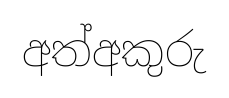
අත්අකුරු